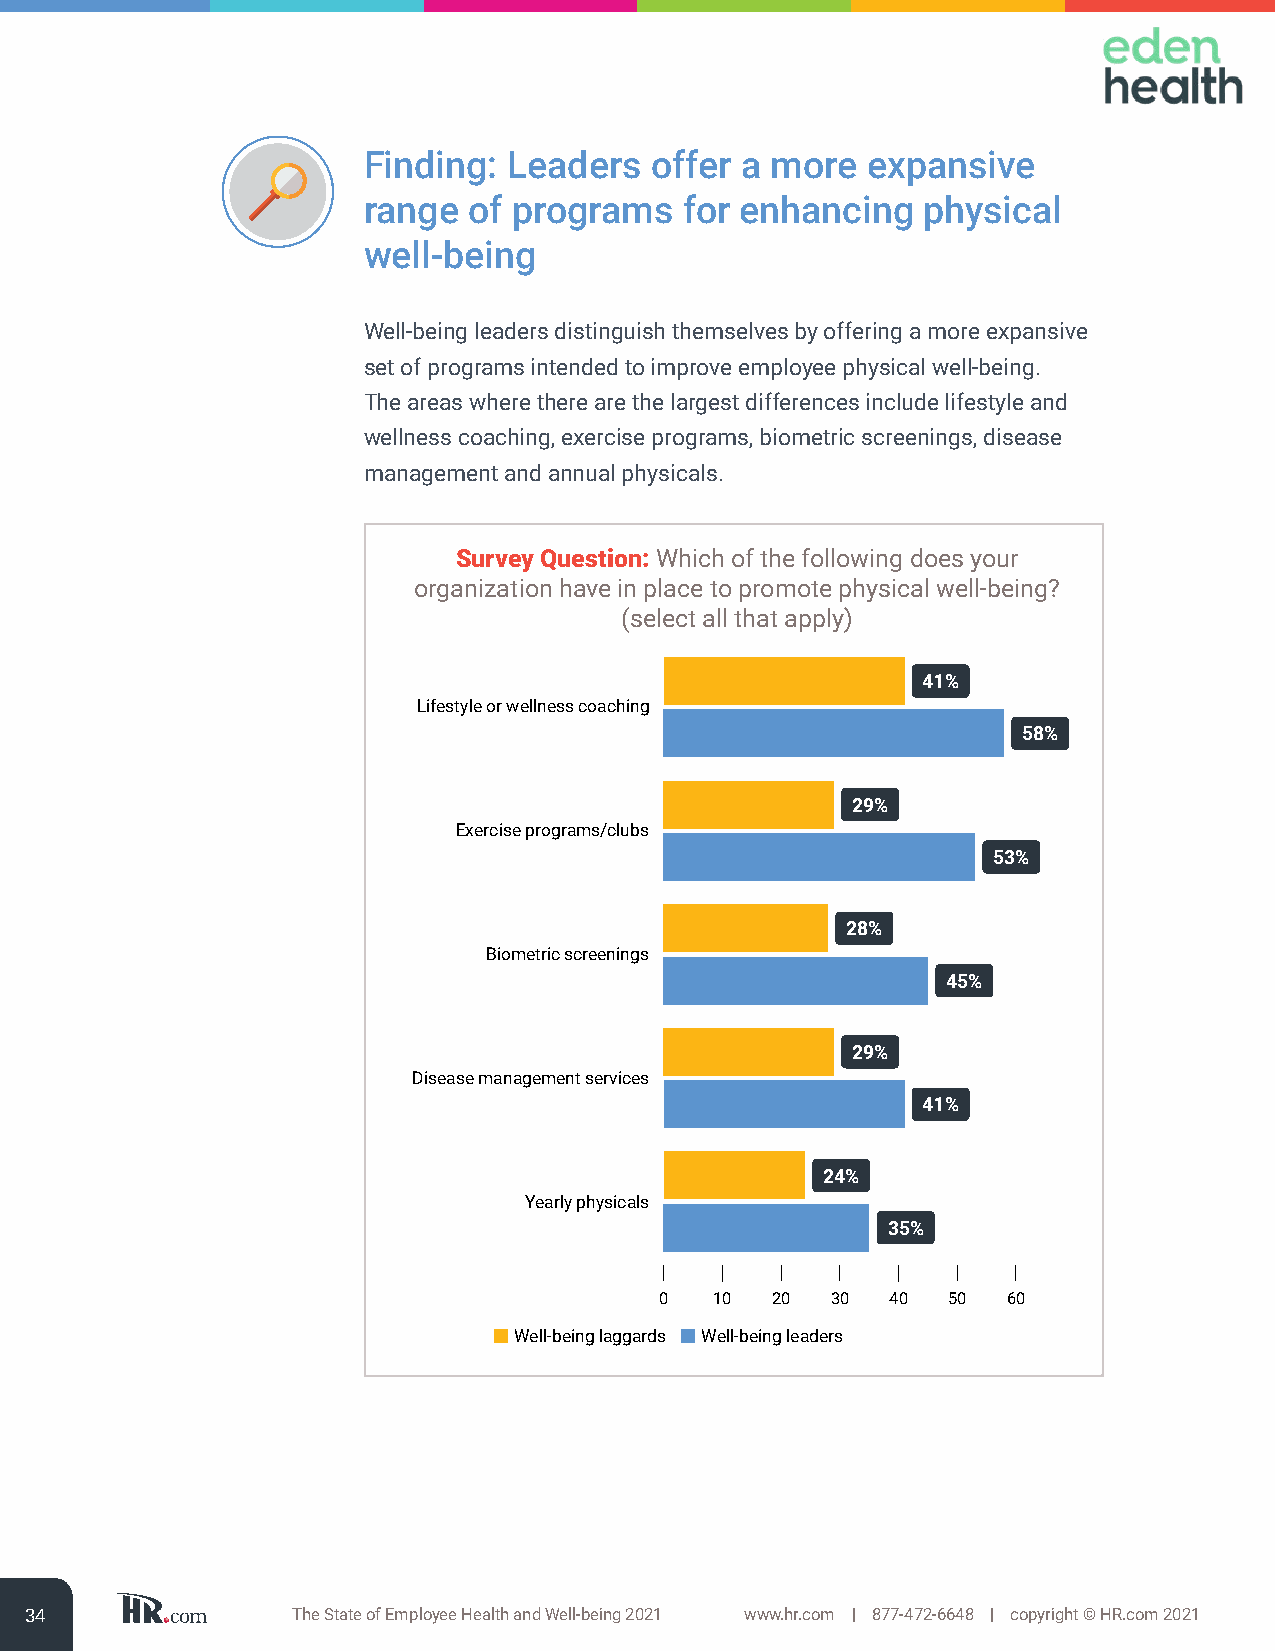
Finding:  Leaders  offer a more  expansive
 range  of programs   for enhancing   physical
 well-being
 Well-being leaders distinguish themselves by offering a more expansive
 set of programs intended to improve employee physical well-being.
 The areas where there are the largest differences include lifestyle and
 wellness coaching, exercise programs, biometric screenings, disease
 management and annual physicals.
 Survey Question: Which of the following does your
 organization have in place to promote physical well-being?
 (select all that apply)
 41%
 Lifestyle or wellness coaching
 58%
 29%
 Exercise programs/clubs
 53%
 28%
 Biometric screenings
 45%
 29%
 Disease management services
 41%
 24%
 Yearly physicals
 35%
 0  10  20  30  40  50  60
 Well-being laggards Well-being leaders
 34               The State of Employee Health and Well-being 2021 www.hr.com | 877-472-6648 | copyright © HR.com 2021